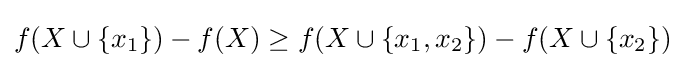
f(X\cup \{x_{1}\})-f(X)\geq f(X\cup \{x_{1},x_{2}\})-f(X\cup \{x_{2}\})